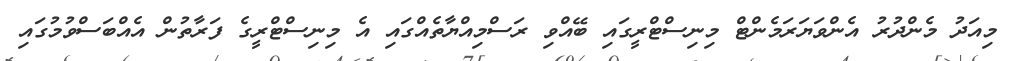
މިއަދު މެންދުރު އެންވަޔަރަމެންޓް މިނިސްޓްރީގައި ބޭއްވި ރަސްމިއްޔާތެއްގައި އެ މިނިސްޓްރީގެ ފަރާތުން އެއްބަސްވުމުގައި